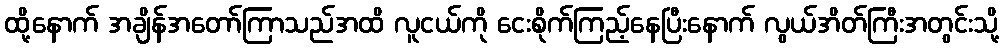
ထို့နောက် အချိန်အတော်ကြာသည်အထိ လူငယ်ကို ငေးစိုက်ကြည့်နေပြီးနောက် လွယ်အိတ်ကြီးအတွင်းသို့